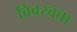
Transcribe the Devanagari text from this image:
विवस्वता